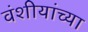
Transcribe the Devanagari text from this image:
वंशीयांच्या